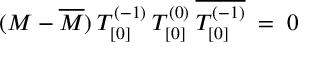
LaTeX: ( M - \overline { { { M } } } ) \: T _ { [ 0 ] } ^ { ( - 1 ) } \: T _ { [ 0 ] } ^ { ( 0 ) } \: \overline { { { T _ { [ 0 ] } ^ { ( - 1 ) } } } } \; = \; 0